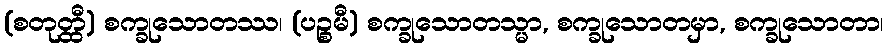
(စတုတ္ထီ) စက္ခုသောတဿ၊ (ပဉ္စမီ) စက္ခုသောတသ္မာ, စက္ခုသောတမှာ, စက္ခုသောတာ၊